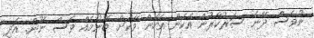
ނުވެސް ދޭނެ ސަރުކާރުން އެކަން އެހެން ވާކަށް ބޭނުމެއް ވެސް ނޫން. އަދި